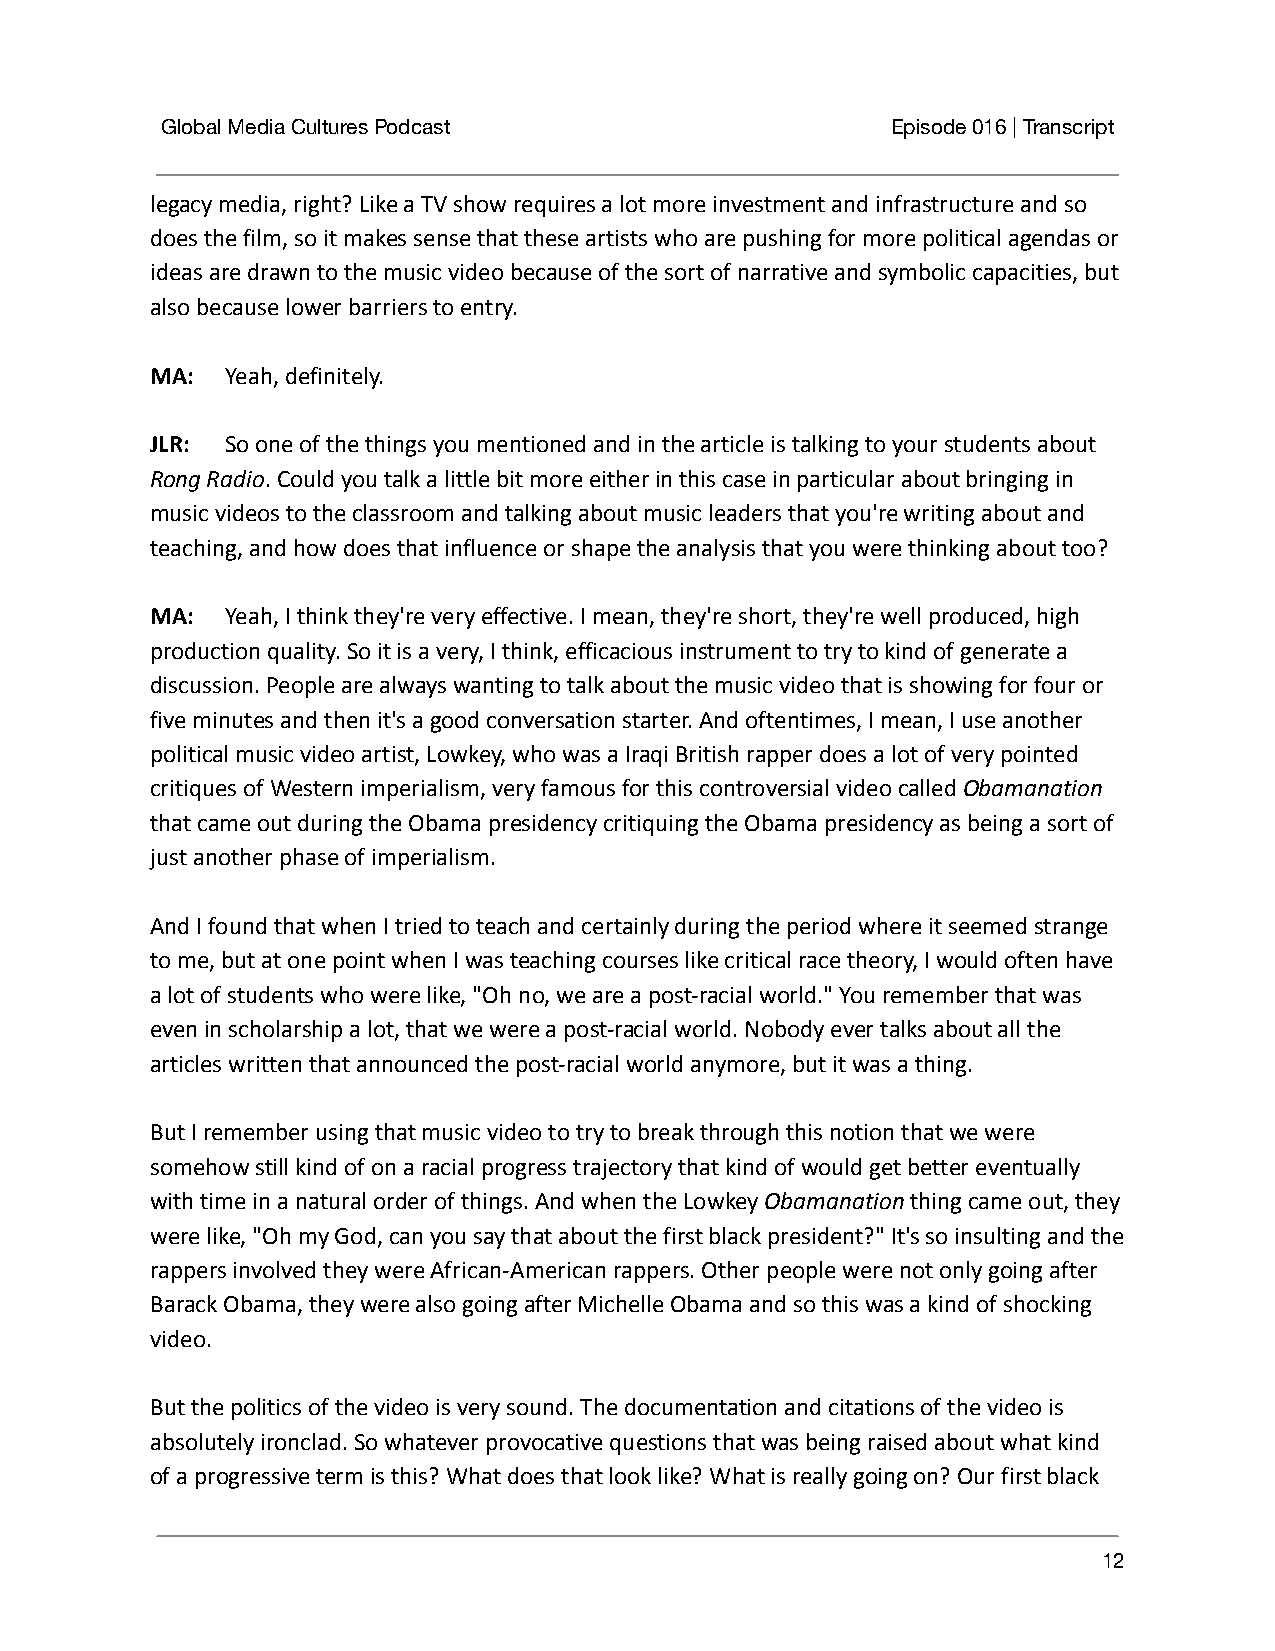
Global Media Cultures Podcast                   Episode 016 | Transcript
 legacy media, right? Like a TV show requires a lot more investment and infrastructure and so
 does the film, so it makes sense that these artists who are pushing for more political agendas or
 ideas are drawn to the music video because of the sort of narrative and symbolic capacities, but
 also because lower barriers to entry.
 MA:  Yeah, definitely.
 JLR: So one of the things you mentioned and inthe article is talking to your students about
 Rong Radio. Could you talk a little bit more eitherin this case in particular about bringing in
 music videos to the classroom and talking about music leaders that you're writing about and
 teaching, and how does that influence or shape the analysis that you were thinking about too?
 MA:  Yeah, I think they're very effective. I mean,they're short, they're well produced, high
 production quality. So it is a very, I think, efficacious instrument to try to kind of generate a
 discussion. People are always wanting to talk about the music video that is showing for four or
 five minutes and then it's a good conversation starter. And oftentimes, I mean, I use another
 political music video artist, Lowkey, who was a Iraqi British rapper does a lot of very pointed
 critiques of Western imperialism, very famous for this controversial video calledObamanation
 that came out during the Obama presidency critiquing the Obama presidency as being a sort of
 just another phase of imperialism.
 And I found that when I tried to teach and certainly during the period where it seemed strange
 to me, but at one point when I was teaching courses like critical race theory, I would often have
 a lot of students who were like, "Oh no, we are a post-racial world." You remember that was
 even in scholarship a lot, that we were a post-racial world. Nobody ever talks about all the
 articles written that announced the post-racial world anymore, but it was a thing.
 But I remember using that music video to try to break through this notion that we were
 somehow still kind of on a racial progress trajectory that kind of would get better eventually
 with time in a natural order of things. And when the LowkeyObamanationthing came out, they
 were like, "Oh my God, can you say that about the first black president?" It's so insulting and the
 rappers involved they were African-American rappers. Other people were not only going after
 Barack Obama, they were also going after Michelle Obama and so this was a kind of shocking
 video.
 But the politics of the video is very sound. The documentation and citations of the video is
 absolutely ironclad. So whatever provocative questions that was being raised about what kind
 of a progressive term is this? What does that look like? What is really going on? Our first black
 12